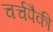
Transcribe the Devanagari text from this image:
चर्चपैकी